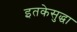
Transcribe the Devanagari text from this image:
इतकेसुद्धा